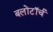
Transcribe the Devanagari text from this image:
बलोंटॉर्च